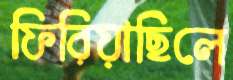
ফিরিয়াছিলে